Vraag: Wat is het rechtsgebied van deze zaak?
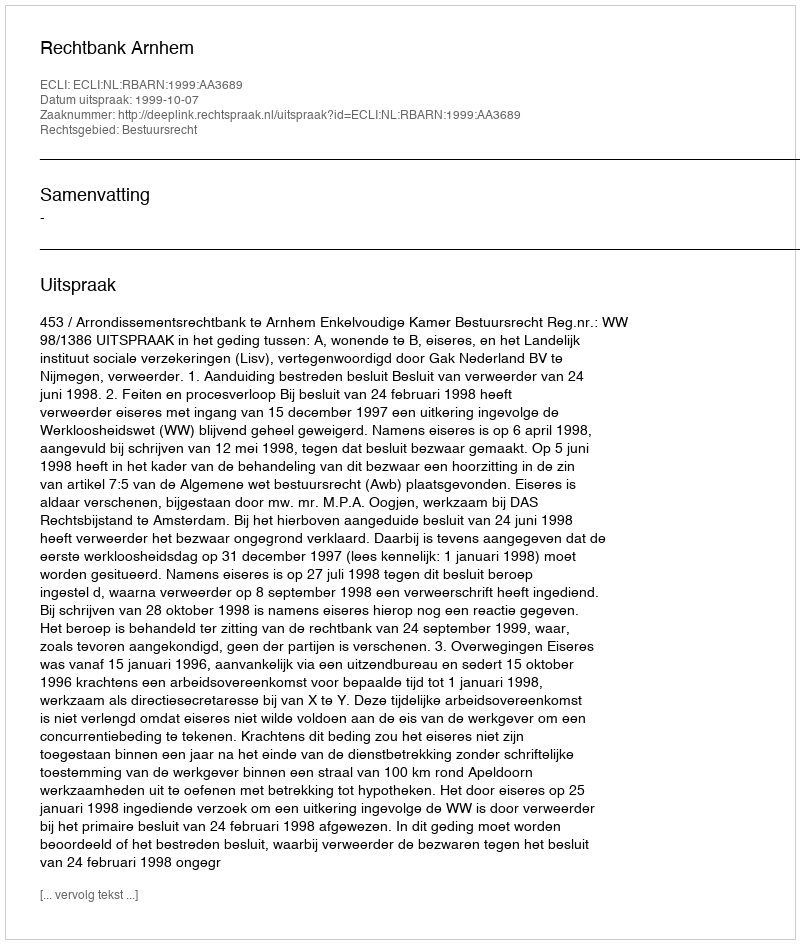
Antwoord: Bestuursrecht